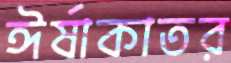
ঈর্ষাকাতর